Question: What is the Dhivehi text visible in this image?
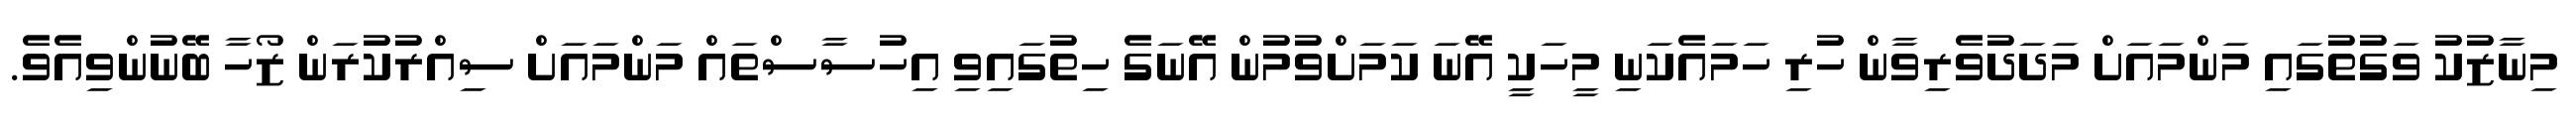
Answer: މިނާޒުކު ވަގުތުގައި މަންމައަށް މަދަދުވެރިވާން ހުރި ހަމައެކަނި މީހަކީ އޭނަ ކަމަށްވުމުން އޭނަގެ ހިތުގައިވި އިހުސާސްތައް މަންމައަށް ސިއްރުކުރަން ޒޯހާ ބޭނުންވިއެވެ.